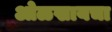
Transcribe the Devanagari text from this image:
ओळखायचा